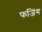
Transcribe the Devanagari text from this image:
फजिंग